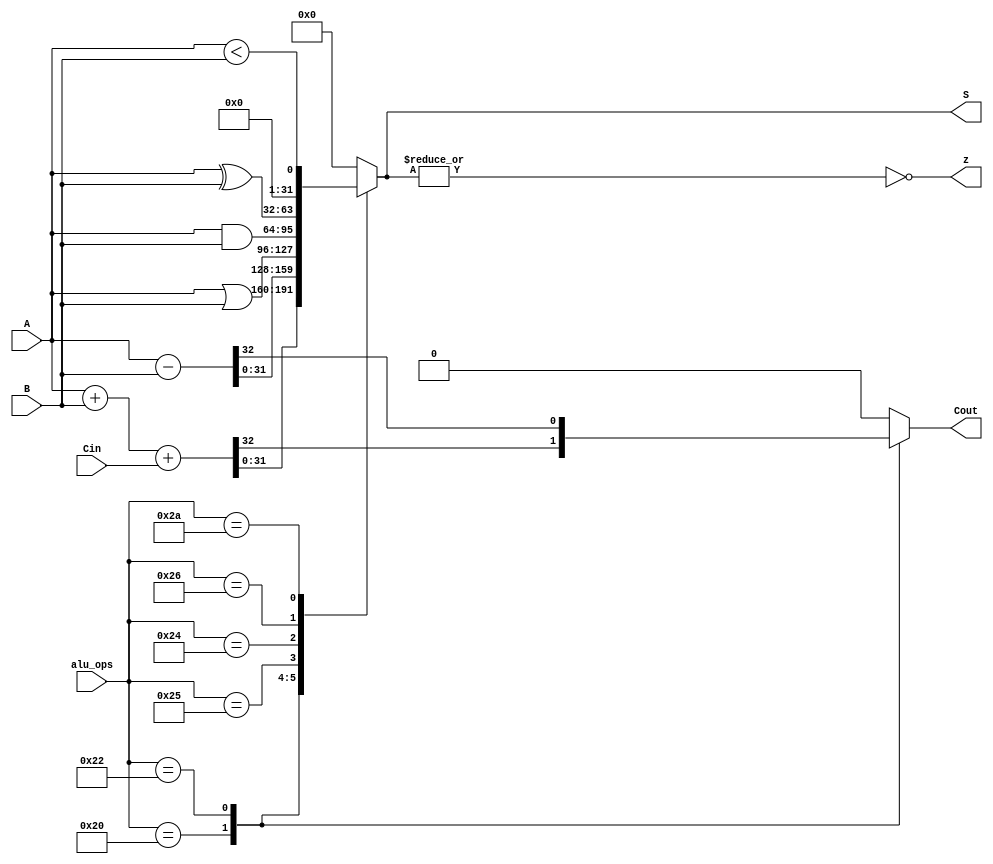
`timescale 1ns / 1ps
//-------------------------------------------------------
// Title        : ALU.
// Library      : nanoLADA
// Purpose      : Computer Architecture
// Developers   : Krerk Piromsopa, Ph. D.
//              : Chulalongkorn University.
module alu(
	output reg [31:0]	S, 
	output 	      z, 
	output reg 	  Cout, 
	input [31:0] 	A, 
	input [31:0] 	B, 
	input 	      Cin, 
	input [5:0] 	alu_ops
);

assign z = ~|S;

localparam ADD = 6'h20;
localparam SUB = 6'h22;
localparam AND = 6'h24;
localparam OR  = 6'h25;
localparam XOR = 6'h26;
localparam SLT = 6'h2a;


always @(A or B or alu_ops)
begin
	case (alu_ops)
		ADD: begin {Cout,S}=A+B+Cin; end
		SUB: begin {Cout,S}=A-B;     end
		OR : begin Cout=0; S=A|B;    end
		AND: begin Cout=0; S=A&B;    end
		XOR: begin Cout=0; S=A^B;    end
		SLT: begin Cout=0; S=A<B;    end
		default: begin Cout=0; S=0;  end
	endcase
end

endmodule